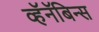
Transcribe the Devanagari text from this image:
व्हॅनॅबिन्स